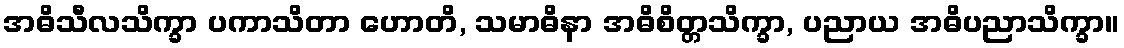
အဓိသီလသိက္ခာ ပကာသိတာ ဟောတိ, သမာဓိနာ အဓိစိတ္တသိက္ခာ, ပညာယ အဓိပညာသိက္ခာ။